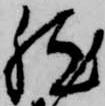
然